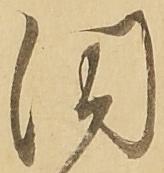
同